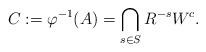
LaTeX: \begin{align*}C:=\varphi^{-1}(A)=\bigcap_{s\in S}R^{-s}W^c.\end{align*}